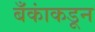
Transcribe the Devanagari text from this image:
बँकांकडून